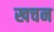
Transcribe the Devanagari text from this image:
खचन